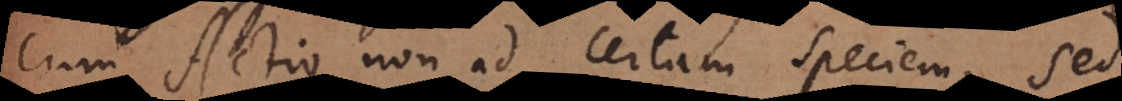
cum Actio non ad certam speciem, sed